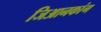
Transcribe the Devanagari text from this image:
जिआनकांग